Vaccine operations Central Provinces & Berar 1922-1929 - 1922-1929
Year: 1922
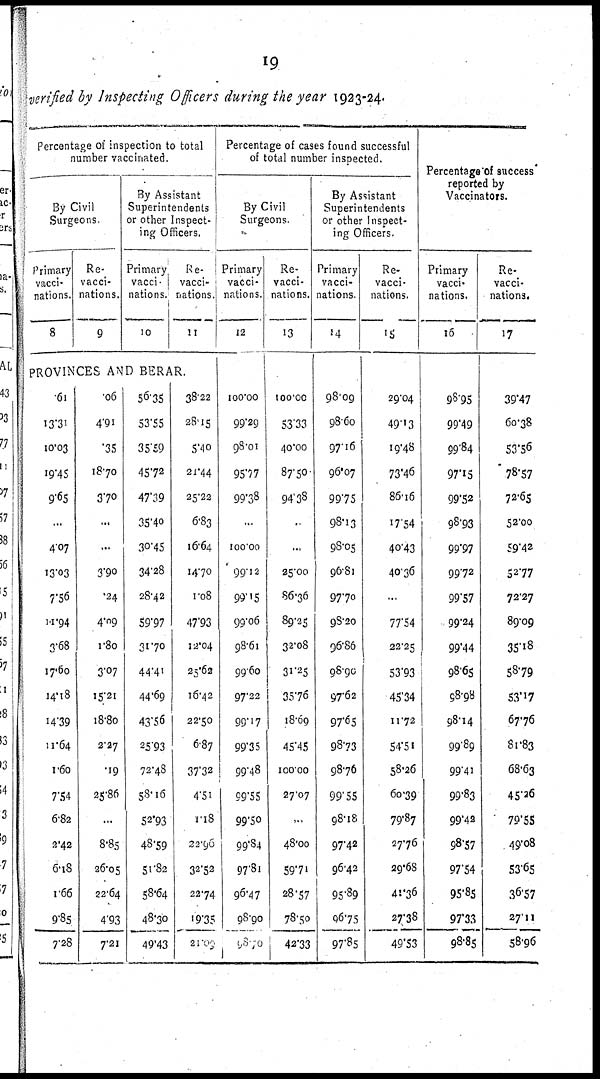
19
verified by Inspecting Officers during the year 1923-24.
Percentage of inspection to total
number vaccinated.
By Civil
Surgeons.
Primary
vacci-
nations.
8
Re-
vacci-
nations.
9
By Assistant
Superintendents
or other Inspect-
ing Officers.
Primary
vacci
nations.
10
Re-
vacci-
nations.
11
PROVINCES AND BERAR.
61
13.31
10.03
10.45
9.65
...
4.07
13.03
7.56
11.94
3.68
17.60
14.18
14.39
11.64
1.60
7.54
6.82
2.42
6.18
1.66
9.85
7.28
.06
4.91
.35
18.70
3.70
...
...
3.90
.24
4.09
1.80
3.07
15.21
18.80
2.27
.19
25.86
...
8.85
26.05
22.64
4.93
7.21
56.35
53.55
35.59
45.72
47.39
35.40
30.45
34.28
28.42
59.97
31.70
44.41
44.69
43.56
25.93
72.48
58.16
52.93
48.59
51.82
58.64
48.30
49.43
38.22
28.15
5.40
21.44
25.22
6.83
16.64
14.70
1.08
47.93
12.04
25.62
16.42
22.50
6.87
37.32
4.51
1.18
22.90
32.52
22.74
19.35
21.09
Percentage of cases found successful
of total number inspected.
By Civil
Surgeons.
Primary
vacci-
nations.
12
100.00
99.29
98.01
95.77
99.38
...
100.00
99.12
99.15
99.06
98.61
99.60
97.22
99.17
99.35
99.48
99.55
99.50
99.84
97.81
96.47
98.90
98.70
Re-
vacci-
nations.
13
100.00
53.33
40.00
87.50
94.38
..
...
25.00
86.36
89.25
32.08
31.25
35.76
18.69
45.45
100.00
27.07
...
48.00
59.71
28.57
78.50
42.33
By Assistant
Superintendents
or other Inspect-
ing Officers.
Primary
vacci-
nations
14
98.09
98.60
97.16
96.07
99.75
98.13
98.05
96.81
97.70
98.20
96.86
98.90
97.62
97.65
98.73
98.76
99.55
98.18
97.42
96.42
95.89
06.75
97.85
Re-
vacci-
nations.
15
29.04
49.13
19.48
73.46
86.16
17.54
40.43
40.36
...
77.54
22.25
53.93
45.34
11.72
54.51
58.26
60.39
79.87
27.76
29.68
41.36
27.38
49.53
Percentage of success
reported by
Vaccinators.
Primary
vacci-
nations.
16
98.95
99.49
99.84
97.15
99.52
98.93
99.97
99.72
99.57
99.24
99.44
98.65
98.98
98.14
99.89
99.41
99.83
99.42
98.57
97.54
95.85
97.33
98.85
Re-
vacci-
nations.
17
39.47
60.38
53.56
78.57
72.65
52.00
59.42
52.77
72.27
89.09
35.18
58.79
53.17
67.76
81.83
68.63
45.26
79.55
49.08
53.65
36.57
27.11
58.96